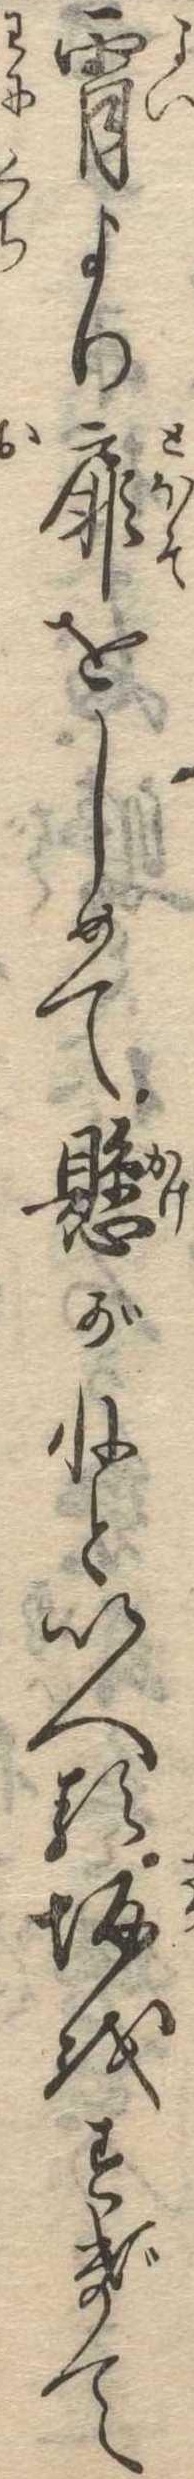
宵より扉をしめて懸がねといへる坂をすぎて